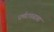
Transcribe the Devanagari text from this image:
धर्मरावबाबा